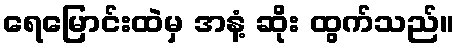
ရေမြောင်းထဲမှ အနံ့ ဆိုး ထွက်သည်။